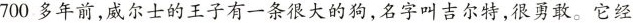
700多年前，威尔士的王子有一条很大的狗，名字叫吉尔特，很勇敢。它经